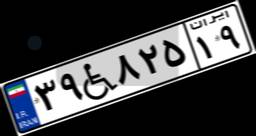
۳۹W۸۲۵۱۹